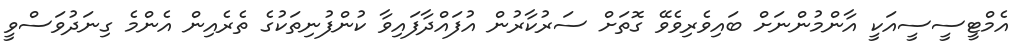
އެމްޓީސީސީއަކީ އާންމުންނަށް ބައިވެރިވެވޭ ގޮތަށް ސަރުކާރުން އުފައްދާފައިވާ ކުންފުނިތަކުގެ ތެރެއިން އެންމެ ގިނަދުވަސްވީ